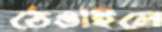
ঠেঙাইলে